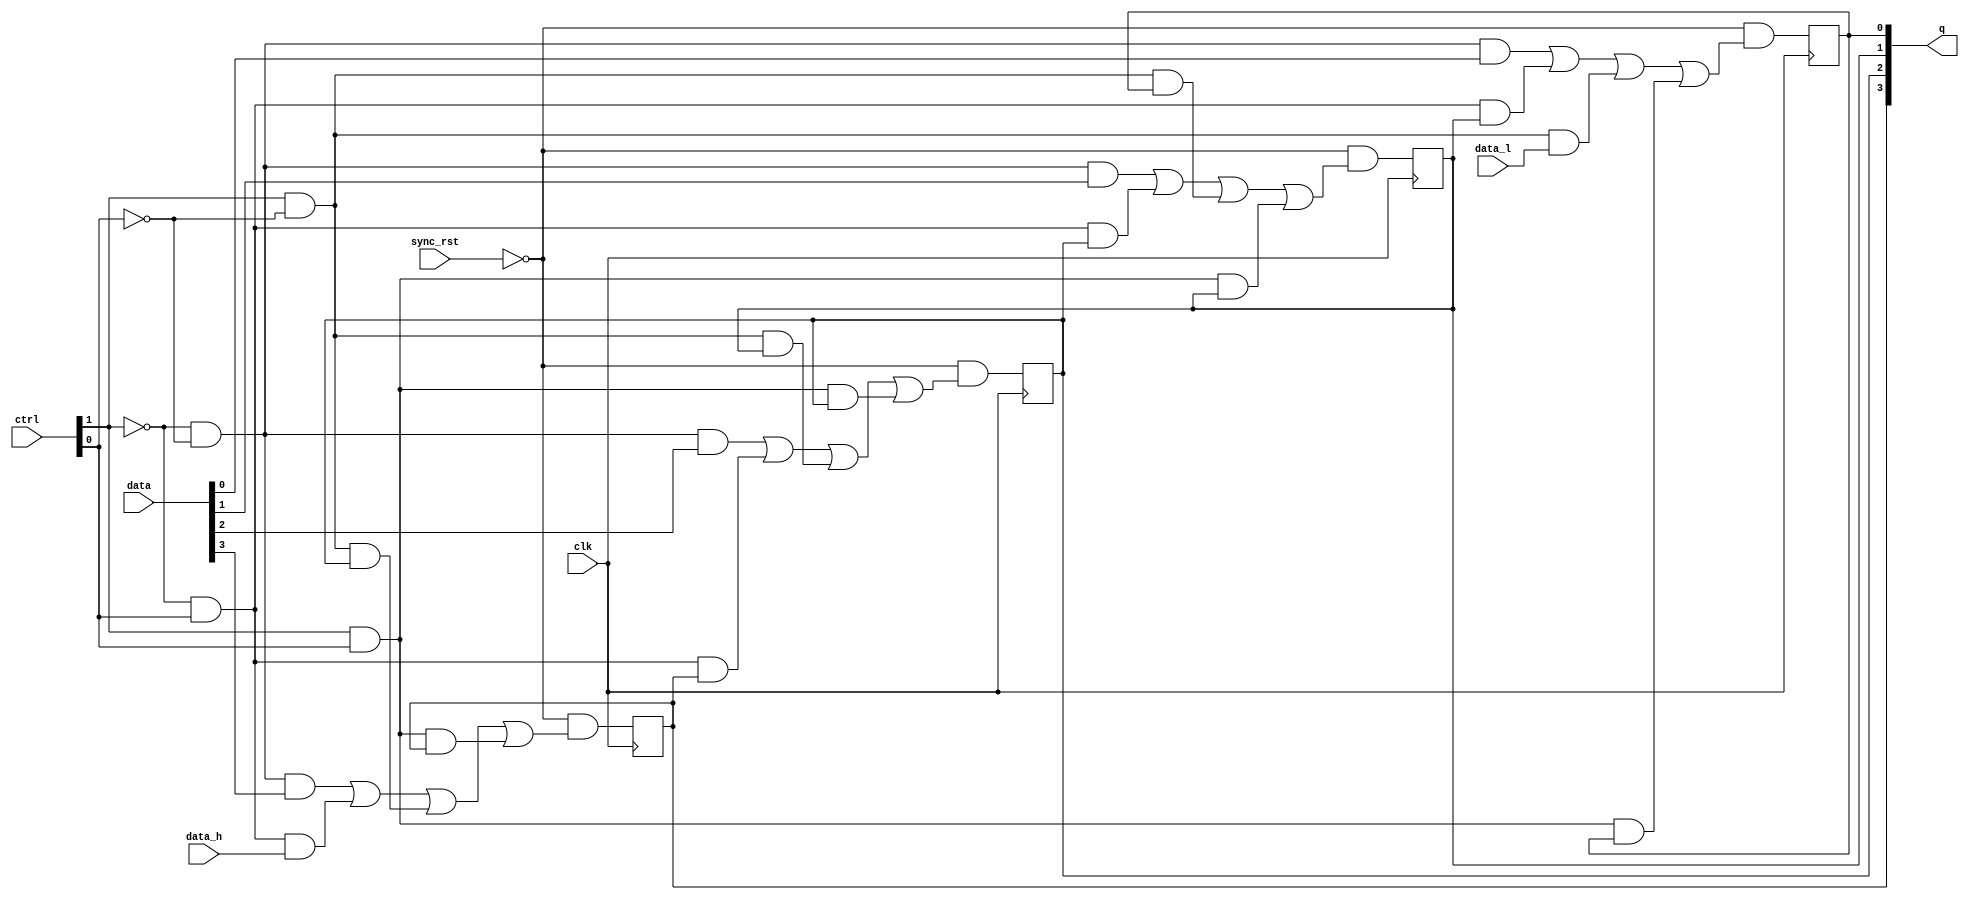
`timescale 1ns/1ps

module univ_shift_reg
    #(parameter DW=4)
    (
    input wire clk,
    input wire sync_rst,
    input wire [1:0] ctrl,
    input wire [DW-1:0] data,
    input wire data_l,
    input wire data_h,
    output reg [DW-1:0] q
    );

    // bit 0
    always @(posedge clk)
        q[0]<=  (~sync_rst)&
                ((~ctrl[1])&(~ctrl[0])&data[0]|
                (~ctrl[1])&( ctrl[0])&q[1]|
                ( ctrl[1])&(~ctrl[0])&data_l|
                ( ctrl[1])&( ctrl[0])&q[0]);


    // bit [DW-2:1]
    genvar i;
    generate
        for(i=1;i<DW-1;i=i+1)
            begin:dff_array
                always @(posedge clk)
                    q[i]<=  (~sync_rst)&
                            ((~ctrl[1])&(~ctrl[0])&data[i]|
                            (~ctrl[1])&( ctrl[0])&q[i+1]|
                            ( ctrl[1])&(~ctrl[0])&q[i-1]|
                            ( ctrl[1])&( ctrl[0])&q[i]);
            end
    endgenerate

    // bit DW-1
    always @(posedge clk)
        q[DW-1]<=   (~sync_rst)&
                    ((~ctrl[1])&(~ctrl[0])&data[DW-1]|
                    (~ctrl[1])&( ctrl[0])&data_h|
                    ( ctrl[1])&(~ctrl[0])&q[DW-2]|
                    ( ctrl[1])&( ctrl[0])&q[DW-1]);
endmodule